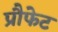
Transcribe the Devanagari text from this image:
प्रौफेट